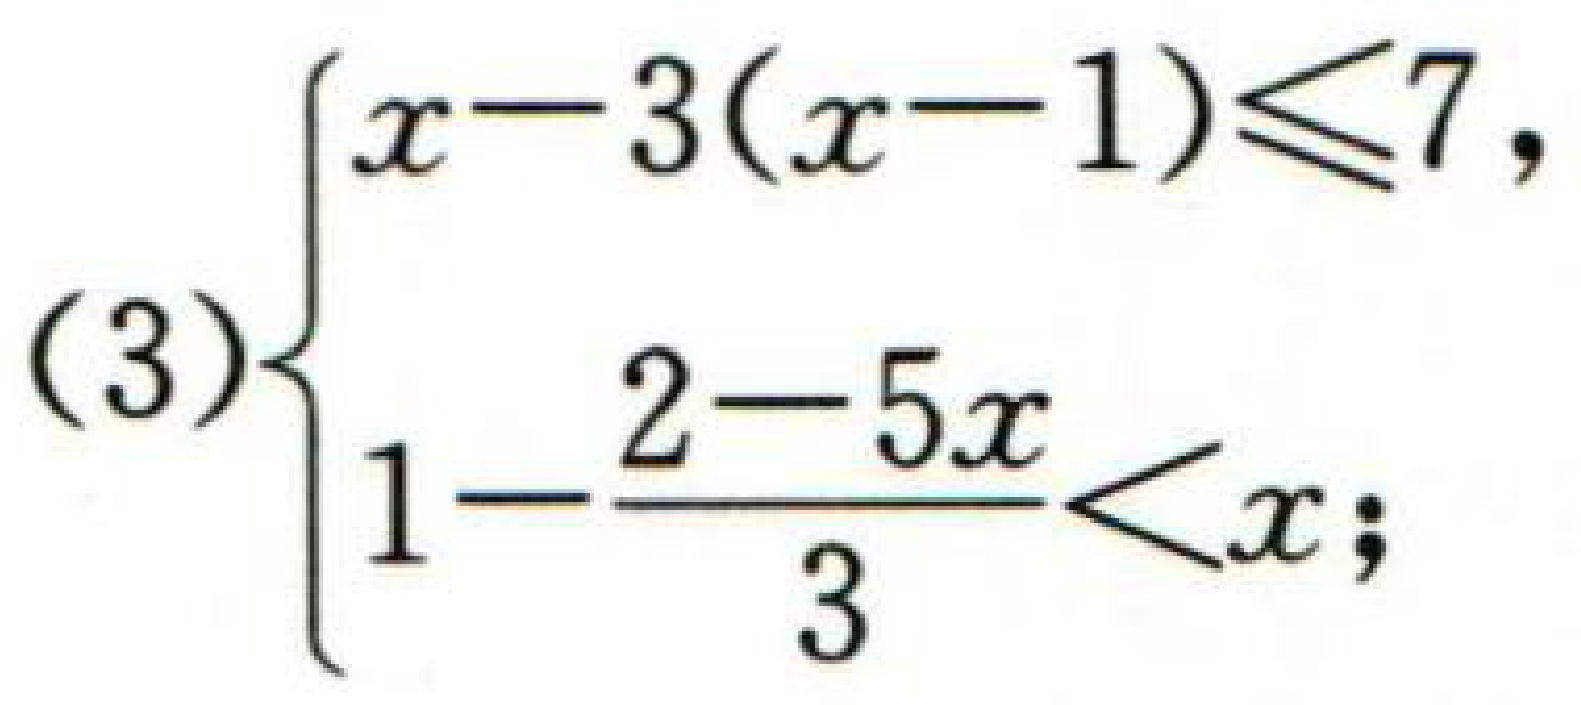
(3)$\begin{cases}

x - 3(x - 1) \leq 7,\\

1-\dfrac{2 - 5x}{3}<x;

\end{cases}$